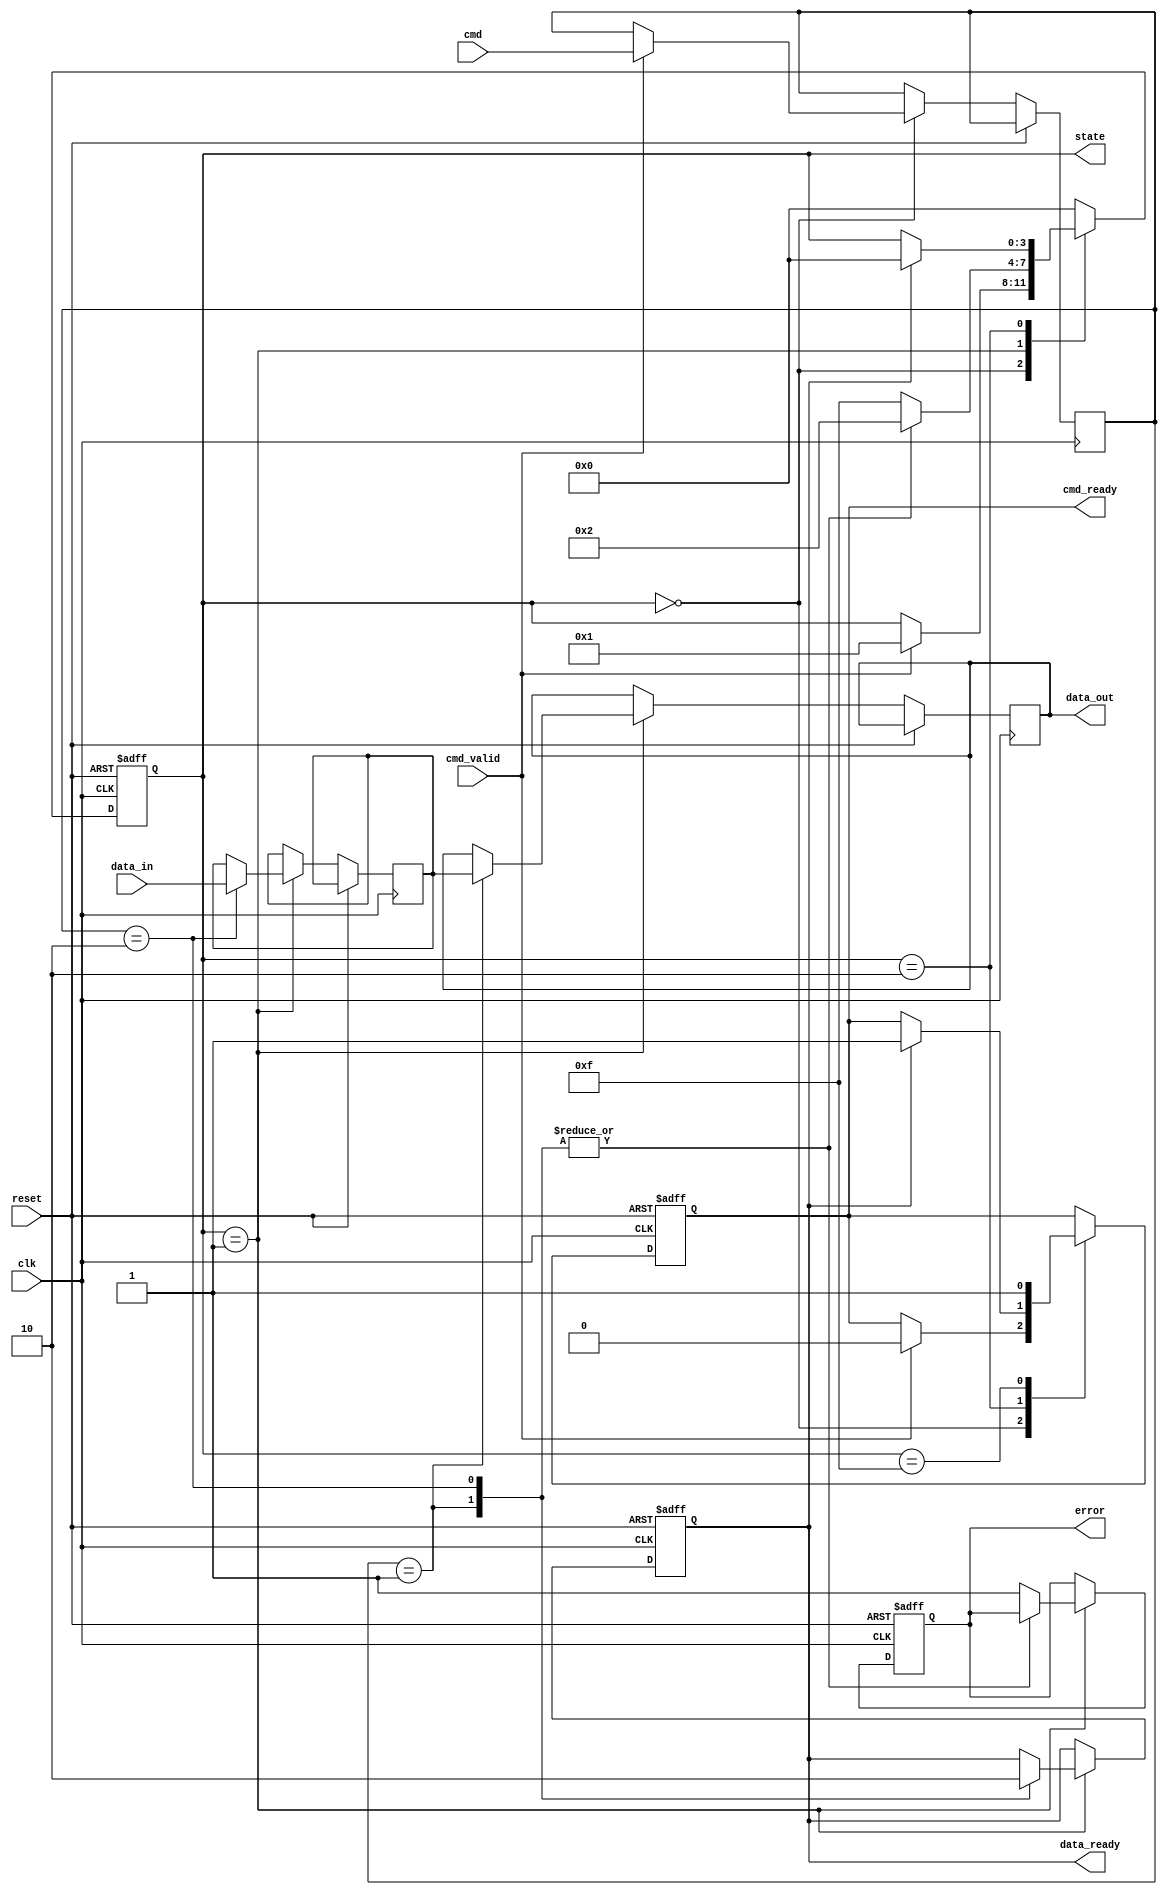
module sd_io_block (
    input wire clk,                // System clock
    input wire reset,              // System reset
    input wire cmd_valid,          // Command valid signal from host
    input wire [7:0] cmd,          // Command from host
    input wire [31:0] data_in,     // Data input from host
    output reg [31:0] data_out,    // Data output to host
    output reg cmd_ready,          // Command ready signal to host
    output reg data_ready,         // Data ready signal to host
    output reg error,              // Error signal
    output reg [3:0] state         // Current state
);

    // State encoding
    localparam IDLE            = 4'b0000;
    localparam CMD_PROCESSING  = 4'b0001;
    localparam DATA_TRANSFER    = 4'b0010;
    localparam ERROR_STATE      = 4'b1111;

    // Internal signals
    reg [31:0] fifo_buffer;       // FIFO buffer for data transfer
    reg [7:0] command;            // Decoded command
    reg command_received;         // Flag for command reception

    // State machine for controlling the I/O block
    always @(posedge clk or posedge reset) begin
        if (reset) begin
            state <= IDLE;
            cmd_ready <= 1'b1;
            data_ready <= 1'b0;
            error <= 1'b0;
            command_received <= 1'b0;
        end else begin
            case (state)
                IDLE: begin
                    if (cmd_valid) begin
                        command <= cmd;
                        command_received <= 1'b1;
                        state <= CMD_PROCESSING;
                        cmd_ready <= 1'b0; // Command is being processed
                    end
                end

                CMD_PROCESSING: begin
                    // Decode and execute command
                    case (command)
                        8'h01: begin // READ command
                            // Simulate data read operation
                            data_out <= fifo_buffer; // Output data
                            data_ready <= 1'b1; // Data ready for host
                            state <= DATA_TRANSFER;
                        end
                        8'h02: begin // WRITE command
                            // Simulate data write operation
                            fifo_buffer <= data_in; // Store incoming data
                            data_ready <= 1'b0; // Data not ready yet
                            state <= DATA_TRANSFER;
                        end
                        default: begin
                            error <= 1'b1; // Unknown command
                            state <= ERROR_STATE;
                        end
                    endcase
                end

                DATA_TRANSFER: begin
                    // Handle data transfer completion
                    if (data_ready) begin
                        // Reset for next command
                        state <= IDLE;
                        cmd_ready <= 1'b1; // Ready for next command
                    end
                end

                ERROR_STATE: begin
                    // Handle error state
                    // Reset state after handling error
                    state <= IDLE;
                    cmd_ready <= 1'b1;
                end

                default: state <= IDLE; // Fallback to IDLE
            endcase
        end
    end

endmodule